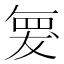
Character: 𮊆